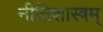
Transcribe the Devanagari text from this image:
नीतिशास्त्रम्‌